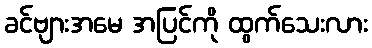
ခင်ဗျားအမေ အပြင်ကို ထွက်သေးလား